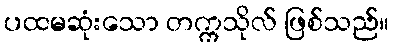
ပထမဆုံးသော တက္ကသိုလ် ဖြစ်သည်။